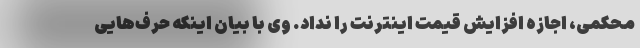
محکمی، اجازه افزایش قیمت اینترنت را نداد. وی با بیان اینکه حرف‌هایی